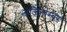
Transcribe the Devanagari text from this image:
अजिनाम्बर